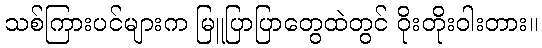
သစ်ကြားပင်များက မြူပြာပြာတွေထဲတွင် ဝိုးတိုးဝါးတား။